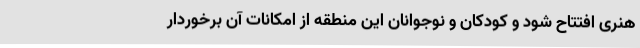
هنری افتتاح شود و کودکان و ‌نوجوانان این منطقه از امکانات آن برخوردار